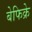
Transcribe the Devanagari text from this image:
बेफिक्रे